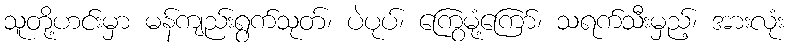
သူတို့ဟင်းမှာ မန်ကျည်းရွက်သုတ်၊ ပဲပုပ်၊ ကြွေမုံ့ကြော်၊ သရက်သီးမှည့်၊ အားလုံး